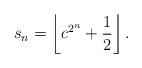
LaTeX: \begin{align*}s_n=\left\lfloor c^{2^n}+\frac{1}{2}\right\rfloor.\end{align*}